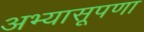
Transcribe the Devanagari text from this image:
अभ्यासूपणा